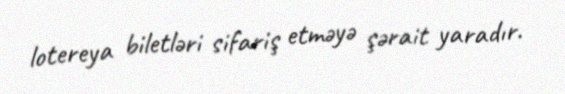
lotereya biletləri sifariş etməyə şərait yaradır.